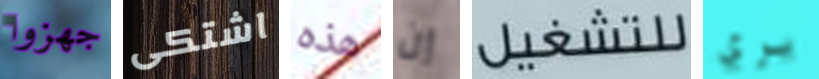
جهزوا اشتكى هذه إن للتشغيل يري